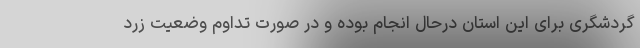
گردشگری برای این استان درحال انجام بوده و در صورت تداوم وضعیت زرد